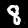
Label: 8